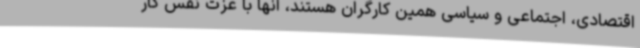
اقتصادی، اجتماعی و سیاسی همین کارگران هستند، آنها با عزت نفس کار